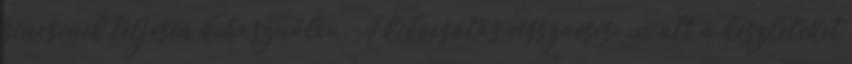
sincsenek teljesen kihasználva. A kibocsátás visszaesése miatt a készleteket